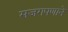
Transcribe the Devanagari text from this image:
सजगपणाने